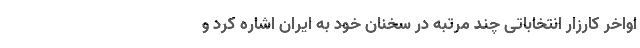
اواخر کارزار انتخاباتی چند مرتبه در سخنان خود به ایران اشاره کرد و